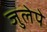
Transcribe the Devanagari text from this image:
जुलेपे